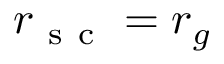
r _ { \mathrm { ~ s ~ c ~ } } = r _ { g }